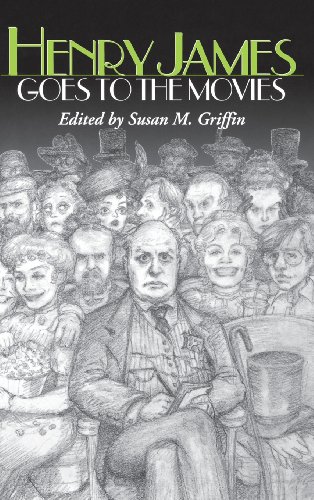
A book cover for Henry James Goes to the Movies; Humor & Entertainment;